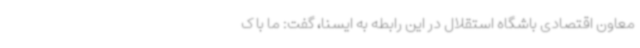
معاون اقتصادی باشگاه استقلال در این رابطه به ایسنا، گفت:‌ ما با ک